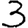
Digit: 3